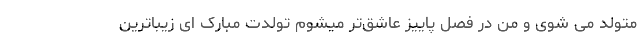
متولد می شوی و من در فصل پاییز عاشق‌تر میشوم تولدت مبارک ای زیباترین